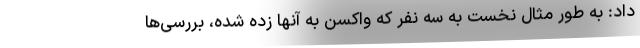
داد: به طور مثال نخست به سه نفر که واکسن به آنها زده شده، بررسی‌ها